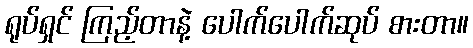
ရုပ်ရှင် ကြည့်တာနဲ့ ပေါက်ပေါက်ဆုပ် စားတာ။